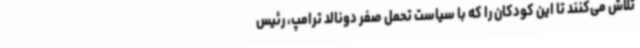
تلاش می‌کنند تا این کودکان را که با سیاست تحمل صفر دونالد ترامپ، رئیس